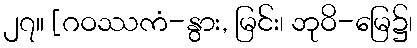
၂၇။ [ဂဝဿကံ-နွား, မြင်း၊ ဘုဝိ-မြေ၌၊